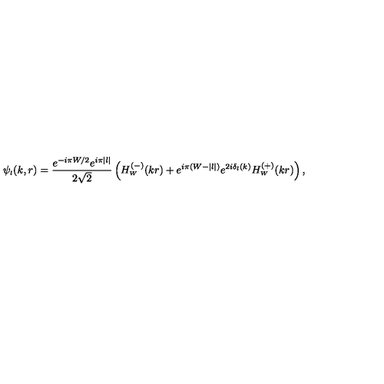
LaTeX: \psi _ { \scriptscriptstyle { l } } ( k , r ) = \frac { e ^ { - i \pi W / 2 } e ^ { i \pi | l | } } { 2 \sqrt 2 } \left( H _ { \scriptscriptstyle { W } } ^ { ( - ) } ( k r ) + e ^ { i \pi ( W - | l | ) } e ^ { 2 i \delta _ { l } ( k ) } H _ { \scriptscriptstyle { W } } ^ { ( + ) } ( k r ) \right) ,